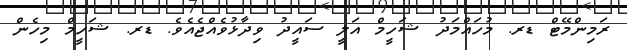
ރަމިންމޭޓް ޑރ. މުހައްމަދު ޝަހީމް އަލީ ސައީދު ވިދާޅުވެއްޖެއެވެ. ޑރ. ޝަހީމް މިހެން